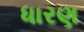
ધારણ